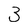
Character: 3